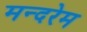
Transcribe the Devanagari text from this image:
मन्दरेम